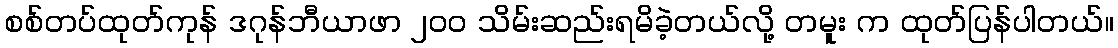
စစ်တပ်ထုတ်ကုန် ဒဂုန်ဘီယာဖာ ၂၀၀ သိမ်းဆည်းရမိခဲ့တယ်လို့ တမူး က ထုတ်ပြန်ပါတယ်။